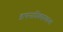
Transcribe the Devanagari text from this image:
डायनामिक्समधल्या